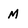
Character: M